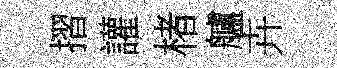
摺讙楮艫卉